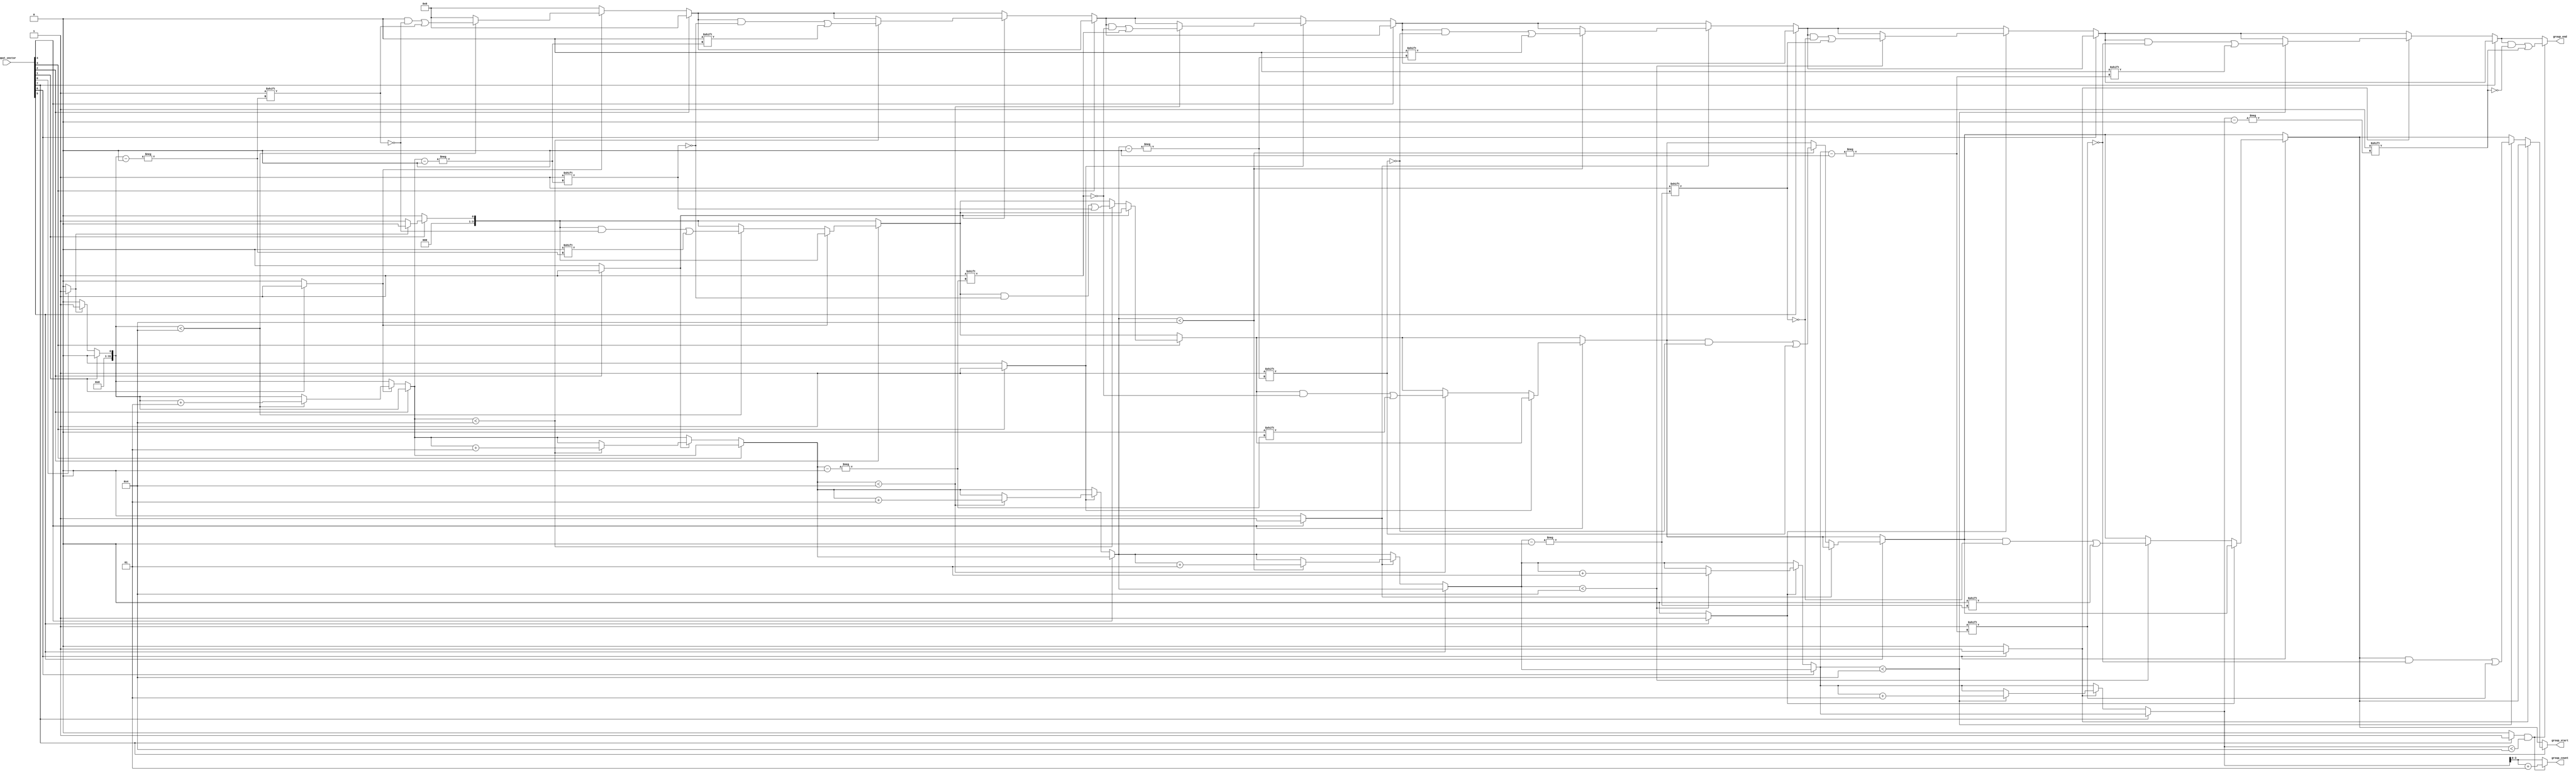
module GroupingOfOnes #(
    parameter N = 8, // Configurable input size
    parameter MAX_GROUPS = 4 // Maximum number of groups to detect
)(
    input wire [N-1:0] input_vector, // Input binary vector
    output reg [MAX_GROUPS-1:0] group_start, // Start indices of groups
    output reg [MAX_GROUPS-1:0] group_end, // End indices of groups
    output reg [3:0] group_count // Count of groups detected
);

    integer i;
    reg in_group; // State to track if we are in a group of 1s
    integer current_group; // Current group index

    always @* begin
        // Initialize outputs
        group_start = 0;
        group_end = 0;
        group_count = 0;
        in_group = 0;
        current_group = 0;

        // Iterate through the input vector
        for (i = 0; i < N; i = i + 1) begin
            if (input_vector[i] == 1'b1) begin
                if (!in_group) begin
                    // Transition from 0 to 1: Start of a new group
                    in_group = 1;
                    if (current_group < MAX_GROUPS) begin
                        group_start[current_group] = i; // Record start index
                    end
                end
            end else begin
                if (in_group) begin
                    // Transition from 1 to 0: End of a group
                    in_group = 0;
                    if (current_group < MAX_GROUPS) begin
                        group_end[current_group] = i - 1; // Record end index
                        current_group = current_group + 1; // Move to the next group
                    end
                end
            end
        end

        // Handle the case where the last element is part of a group
        if (in_group && current_group < MAX_GROUPS) begin
            group_end[current_group] = N - 1; // End at the last index
            current_group = current_group + 1; // Move to the next group
        end

        // Set the group count
        group_count = current_group;
    end
endmodule